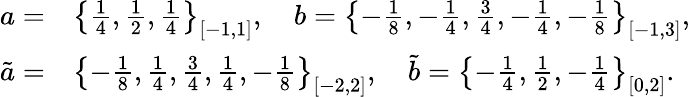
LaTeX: \begin{array}{rl}{a=}&{\left\{ \frac{1}{4},\frac{1}{2},\frac{1}{4}\right\} _{[-1,1]},\quad b=\left\{ -\frac{1}{8},-\frac{1}{4},\frac{3}{4},-\frac{1}{4},-\frac{1}{8}\right\} _{[-1,3]},}\\ {\tilde{a}=}&{\left\{ -\frac{1}{8},\frac{1}{4},\frac{3}{4},\frac{1}{4},-\frac{1}{8}\right\} _{[-2,2]},\quad\tilde{b}=\left\{ -\frac{1}{4},\frac{1}{2},-\frac{1}{4}\right\} _{[0,2]}.}\end{array}